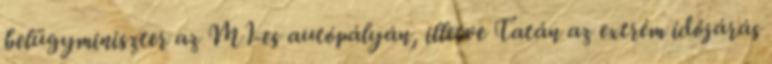
belügyminiszter az M1-es autópályán, illetve Tatán az extrém időjárás